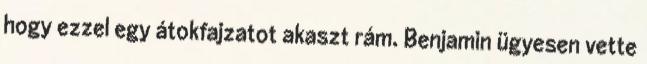
hogy ezzel egy átokfajzatot akaszt rám. Benjamin ügyesen vette